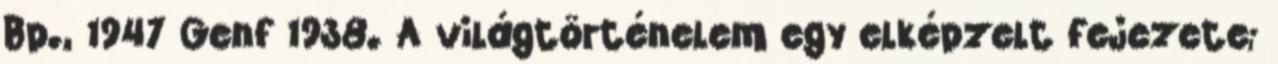
Bp., 1947 Genf 1938. A világtörténelem egy elképzelt fejezete;